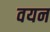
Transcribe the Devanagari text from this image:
वयन